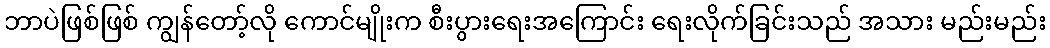
ဘာပဲဖြစ်ဖြစ် ကျွန်တော့်လို ကောင်မျိုးက စီးပွားရေးအကြောင်း ရေးလိုက်ခြင်းသည် အသား မည်းမည်း